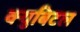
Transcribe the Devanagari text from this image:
क्युबिटल